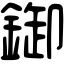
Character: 𨨶